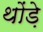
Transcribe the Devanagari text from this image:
थोंड़े